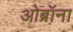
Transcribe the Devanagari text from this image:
ओब्रॉना